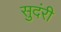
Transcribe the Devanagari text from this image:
सुदंरी